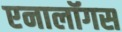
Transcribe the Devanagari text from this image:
एनालॉगस